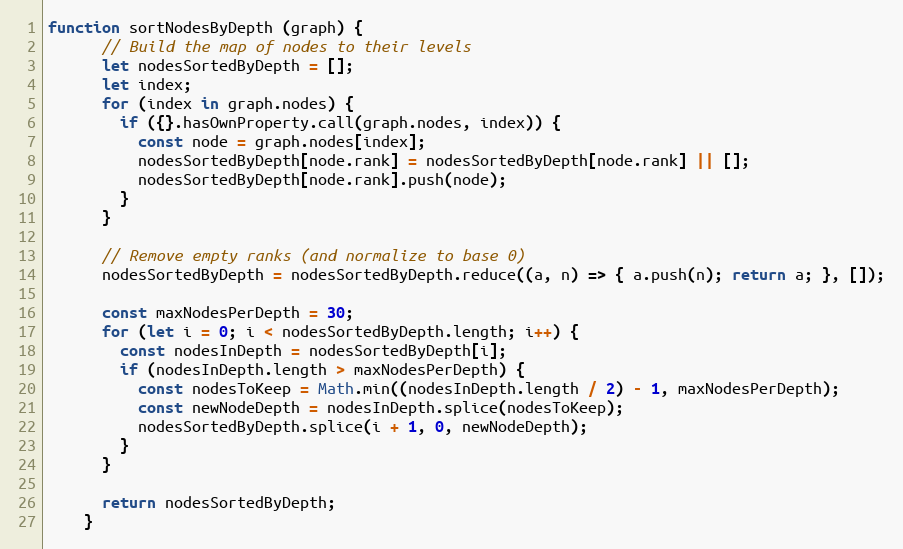
Language: JavaScript
function sortNodesByDepth (graph) {
      // Build the map of nodes to their levels
      let nodesSortedByDepth = [];
      let index;
      for (index in graph.nodes) {
        if ({}.hasOwnProperty.call(graph.nodes, index)) {
          const node = graph.nodes[index];
          nodesSortedByDepth[node.rank] = nodesSortedByDepth[node.rank] || [];
          nodesSortedByDepth[node.rank].push(node);
        }
      }

      // Remove empty ranks (and normalize to base 0)
      nodesSortedByDepth = nodesSortedByDepth.reduce((a, n) => { a.push(n); return a; }, []);

      const maxNodesPerDepth = 30;
      for (let i = 0; i < nodesSortedByDepth.length; i++) {
        const nodesInDepth = nodesSortedByDepth[i];
        if (nodesInDepth.length > maxNodesPerDepth) {
          const nodesToKeep = Math.min((nodesInDepth.length / 2) - 1, maxNodesPerDepth);
          const newNodeDepth = nodesInDepth.splice(nodesToKeep);
          nodesSortedByDepth.splice(i + 1, 0, newNodeDepth);
        }
      }

      return nodesSortedByDepth;
    }